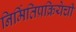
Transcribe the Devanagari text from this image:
निर्मितिप्रक्रियेची